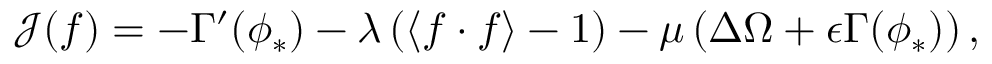
\mathcal { J } ( \boldsymbol { f } ) = - \Gamma ^ { \prime } ( \phi _ { * } ) - \lambda \left( \langle \boldsymbol { f } \cdot \boldsymbol { f } \rangle - 1 \right) - \mu \left( \Delta \Omega + \epsilon \Gamma ( \phi _ { * } ) \right) ,